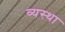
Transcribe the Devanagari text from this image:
व्‍यस्‍था